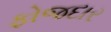
ફોજદાર